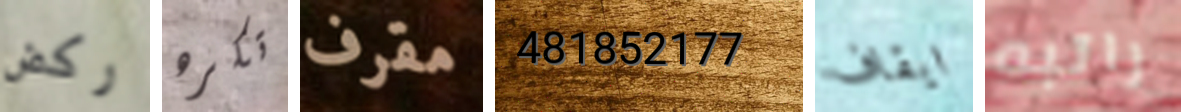
ركض تكره مقرف 481852177 ايقاف راتبه